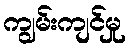
ကျွမ်းကျင်မှု